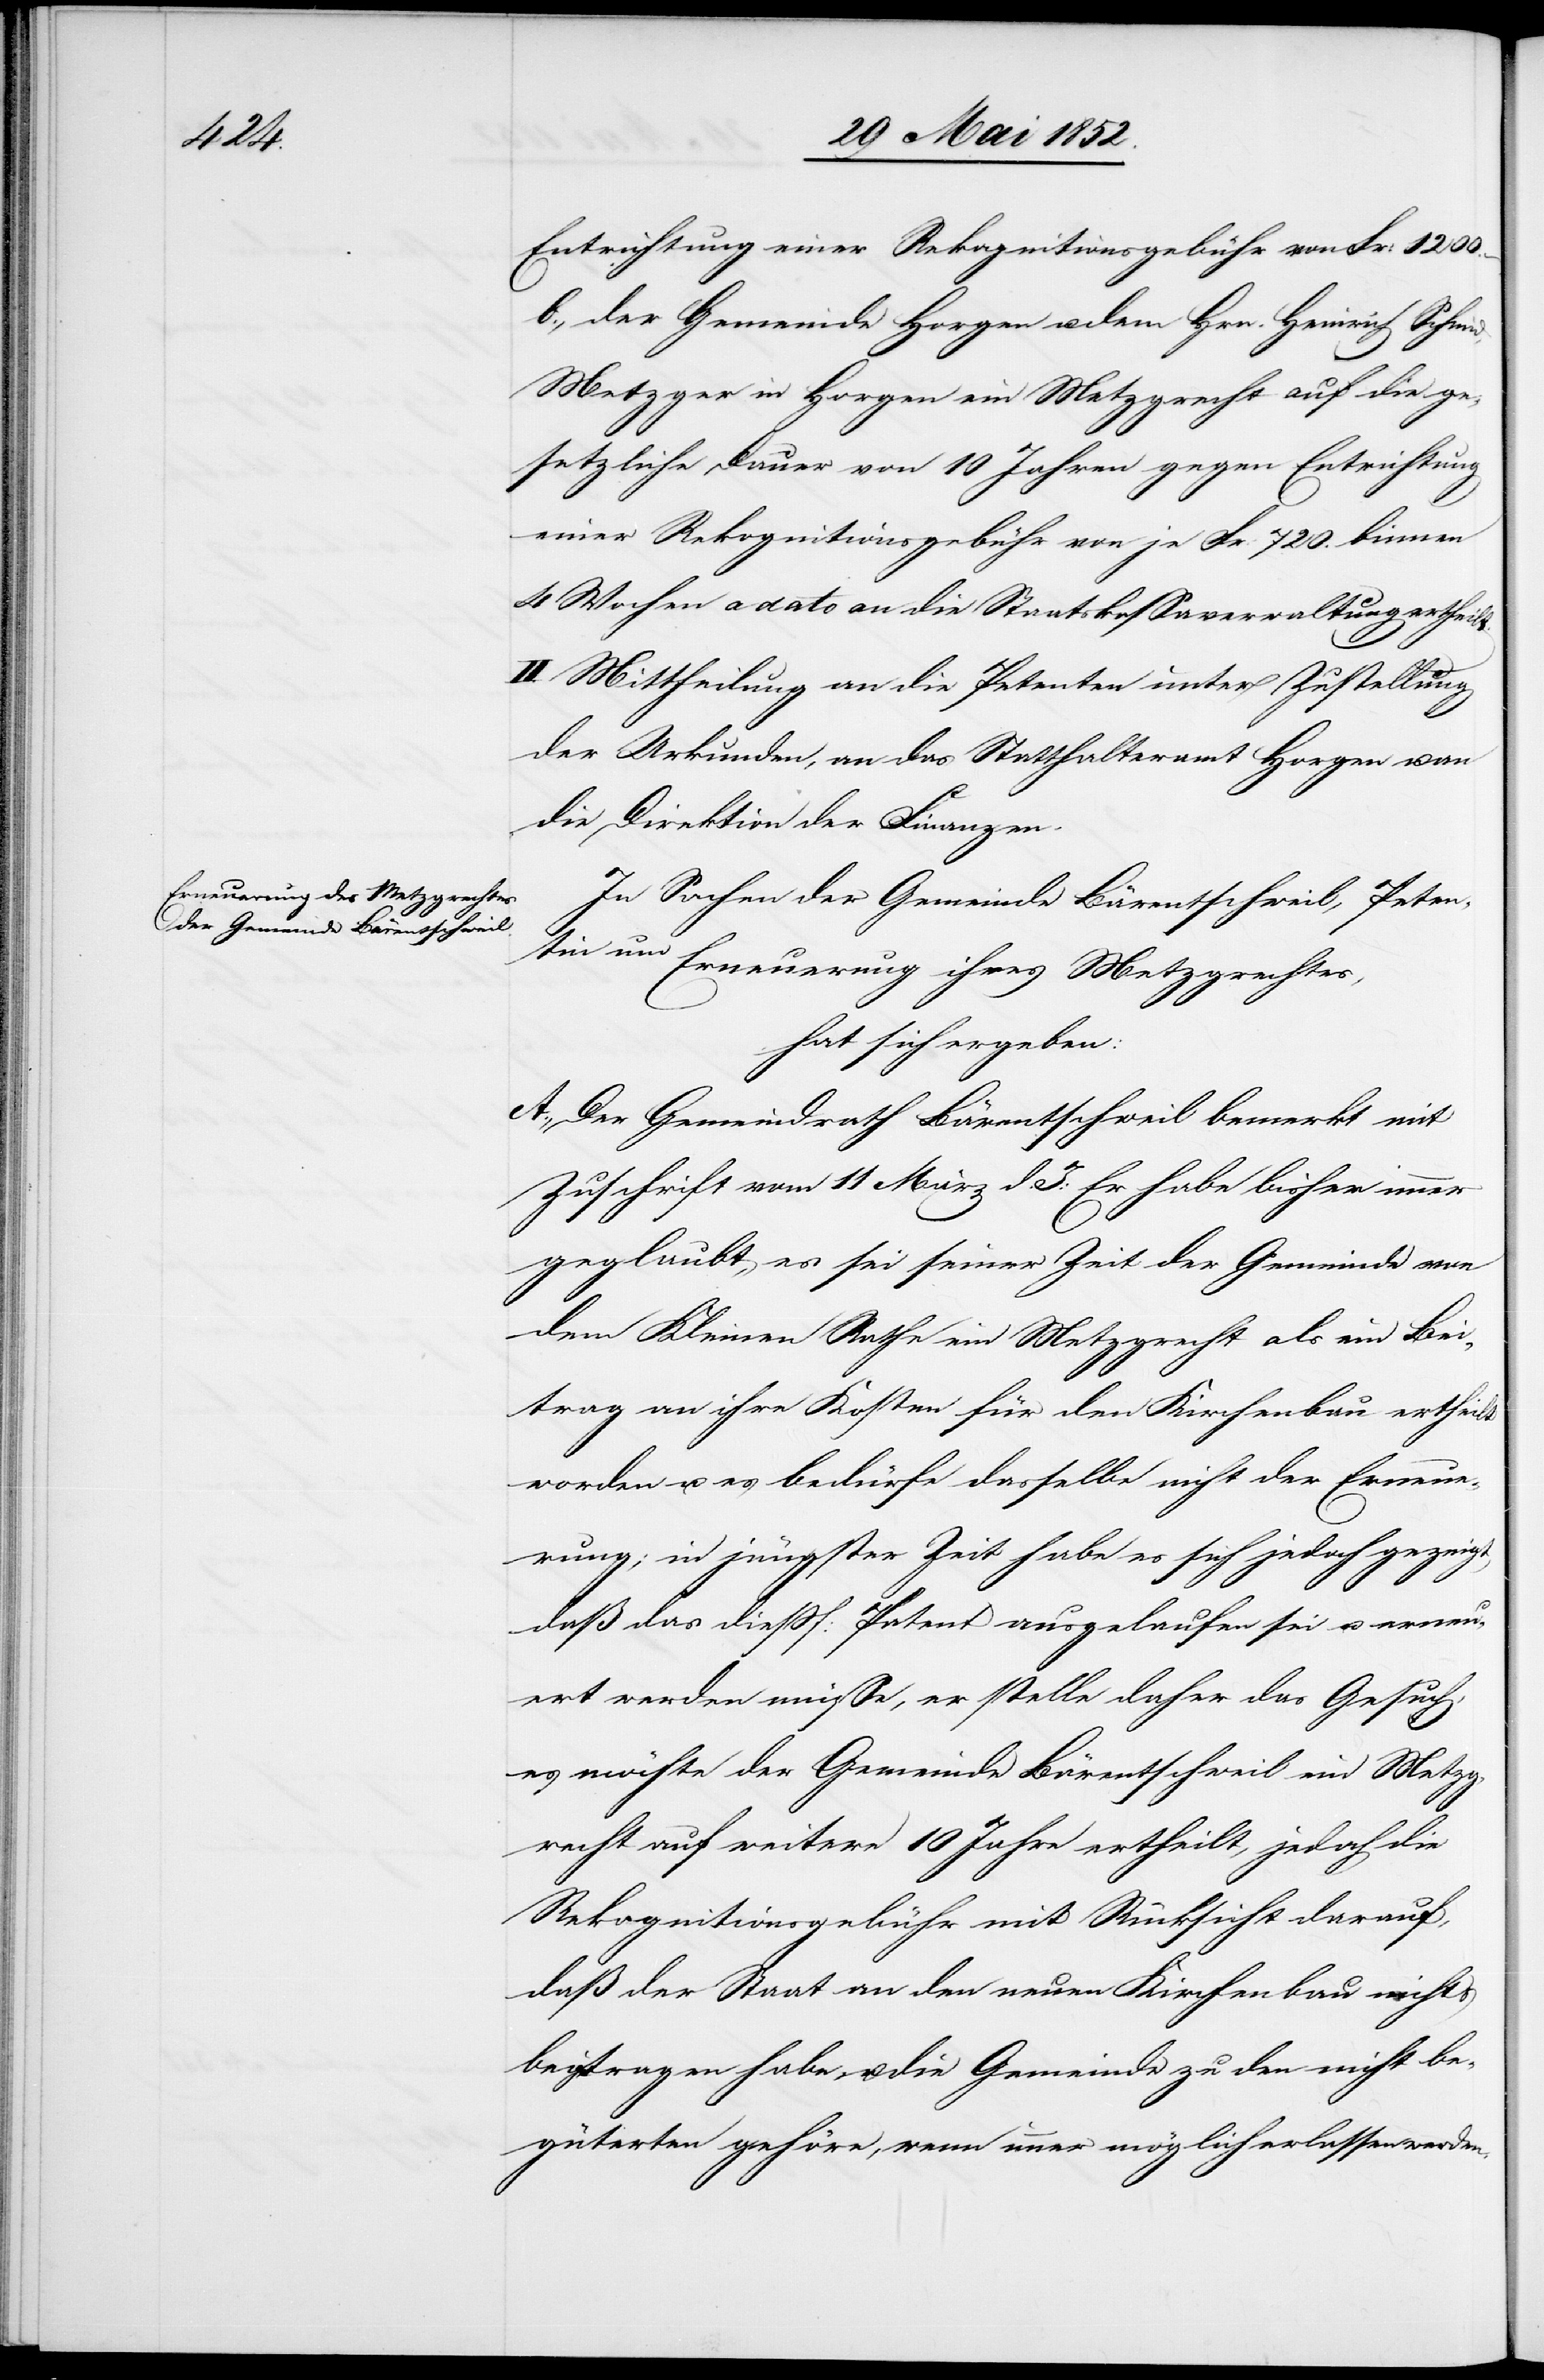
Entrichtung einer Rekognitionsgebühr von Fr: 1200.
b., der Gemeinde Horgen u. dem Hrn. Heinrich Schmid,
Metzger in Horgen ein Metzgrecht auf die ge¬
setzliche Dauer von 10 Jahren gegen Entrichtung
einer Rekognitionsgebühr von je Fr: 720. binnen
4 Wochen a dato an die Staatskassaverwaltung ertheilt.
II. Mittheilung an die Petenten unter Zustellung
der Urkunden, an das Statthalteramt Horgen u. an
die Direktion der Finanzen.
In Sachen der Gemeinde Bärentschweil, Peten¬
tin um Erneuerung ihres Metzgrechtes,
hat sich ergeben:
A., Der Gemeindrath Bärentschweil bemerkt mit
Zuschrift vom 11 März d. J: Er habe bisher immer
geglaubt, es sei seiner Zeit der Gemeinde von
dem Kleinen Rathe ein Metzgrecht als ein Bei¬
trag an ihre Kosten für den Kirchenbau ertheilt
worden u. es bedürfe dasselbe nicht der Erneue¬
rung; in jüngster Zeit habe es sich jedoch gezeigt,
daß das diessf: Patent ausgelaufen sei u. erneu¬
ert werden müsse, er stelle daher das Gesuch,
es möchte der Gemeinde Bärentschweil ein Metzg¬
recht auf weitere 10 Jahre ertheilt, jedoch die
Rekognitionsgebühr mit Rücksicht darauf,
daß der Staat an den neuen Kirchenbau nichts
beigetragen habe, u. die Gemeinde zu den nicht be¬
güterten gehöre, wenn immer möglich erlassen werden.